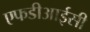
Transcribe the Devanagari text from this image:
एफडीआईसी